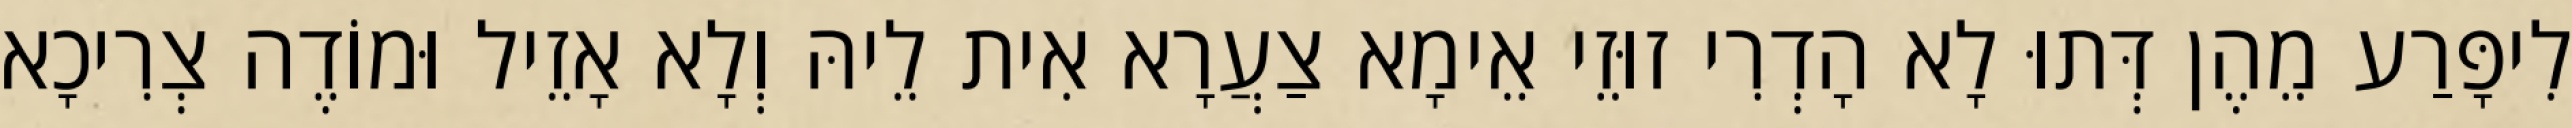
לִיפָּרַע מֵהֶן דְּתוּ לָא הָדְרִי זוּזֵי אֵימָא צַעֲרָא אִית לֵיהּ וְלָא אָזֵיל וּמוֹדֶה צְרִיכָא